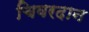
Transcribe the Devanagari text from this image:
चिवरदान